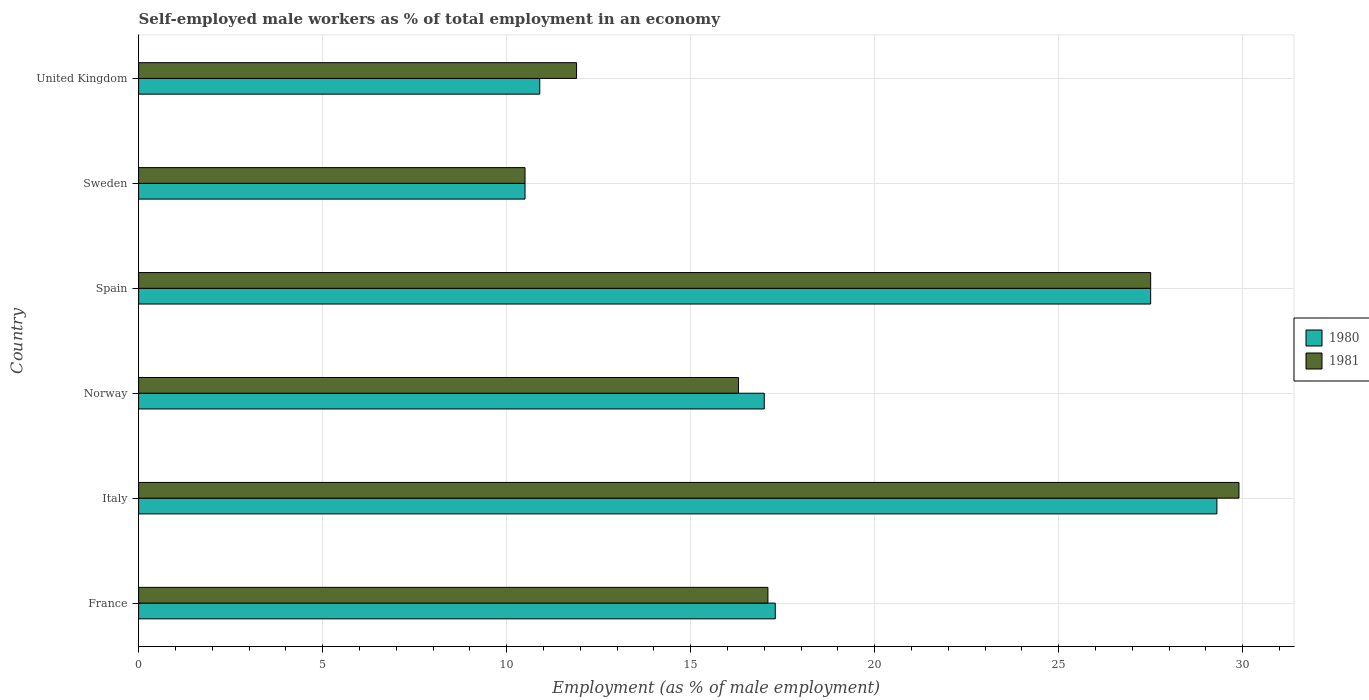
| Country | 1980 | 1981 |
 | --- | --- | --- |
 | France | 17.3 | 17.1 |
 | Italy | 29.3 | 29.9 |
 | Norway | 17 | 16.3 |
 | Spain | 27.5 | 27.5 |
 | Sweden | 10.5 | 10.5 |
 | United Kingdom | 10.9 | 11.9 |